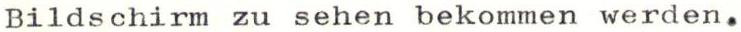
Bildschirm zu sehen bekommen werden.